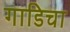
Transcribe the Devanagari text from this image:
गाडिचा